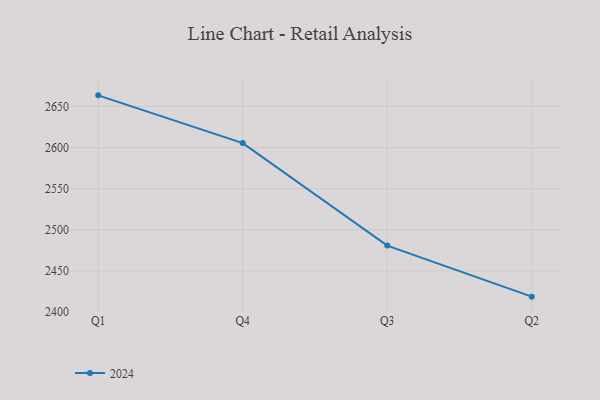
{"axis": {"x": "Quarter", "y": "Budget (USD K)"}, "legend": ["2024"], "data": [{"x": "Q1", "y": 2663.6, "type": "2024"}, {"x": "Q4", "y": 2605.5, "type": "2024"}, {"x": "Q3", "y": 2480.8, "type": "2024"}, {"x": "Q2", "y": 2418.7, "type": "2024"}]}